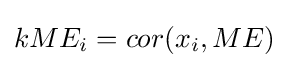
kME_{i}=cor(x_{i},ME)